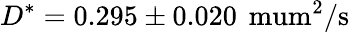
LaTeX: D^{*}=0.295\pm 0.020\, \mathrm{{\ mum^{2}/s}}